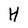
Character: H